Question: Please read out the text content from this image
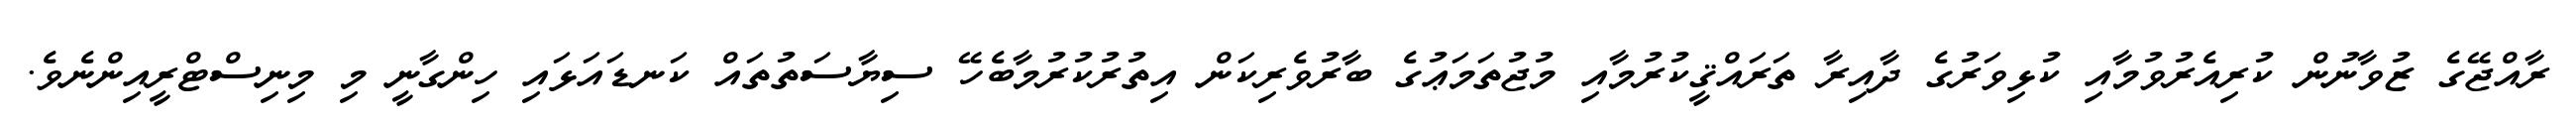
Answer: ރާއްޖޭގެ ޒުވާނުން ކުރިއެރުވުމާއި ކުޅިވަރުގެ ދާއިރާ ތަރައްޤީކުރުމާއި މުޖުތަމަޢުގެ ބާރުވެރިކަން އިތުރުކުރުމާބެހޭ ސިޔާސަތުތައް ކަނޑައަޅައި ހިންގާނީ މި މިނިސްޓްރީއިންނެވެ.